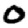
Digit: 0